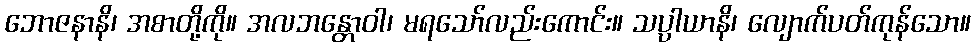
ဘောဇနာနိ၊ အစာတို့ကို။ အလဘန္တောဝါ၊ မရသော်လည်းကောင်း။ သပ္ပါယာနိ၊ လျောက်ပတ်ကုန်သော။